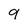
Character: 9